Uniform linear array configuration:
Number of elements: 32
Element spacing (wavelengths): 0.75
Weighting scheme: hamming
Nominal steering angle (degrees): -30
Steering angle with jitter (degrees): -29.378
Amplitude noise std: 0.05
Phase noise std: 0.05

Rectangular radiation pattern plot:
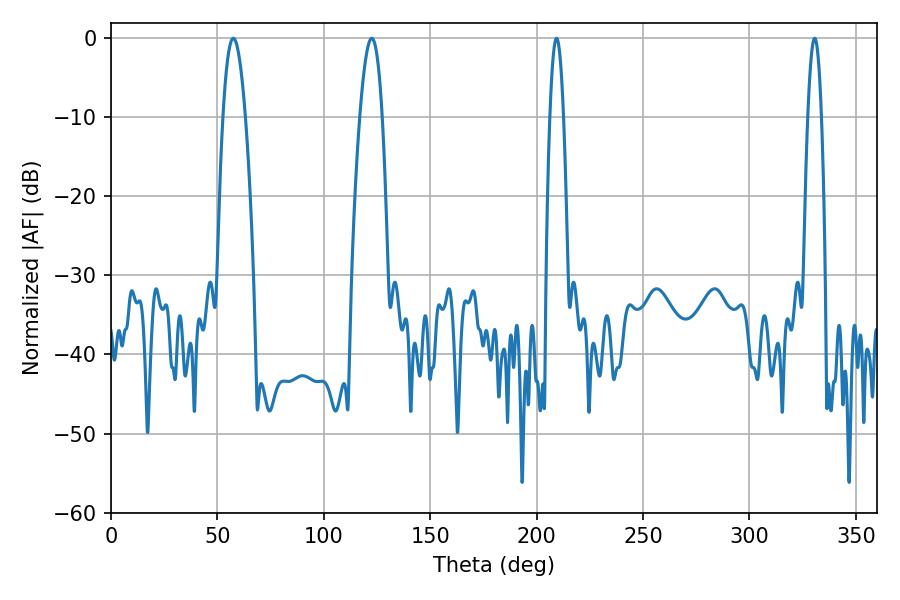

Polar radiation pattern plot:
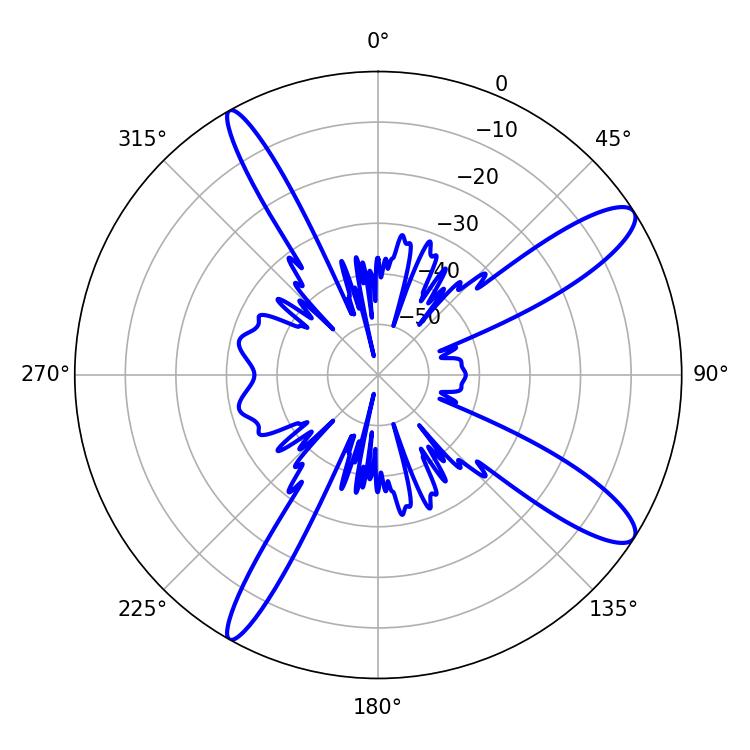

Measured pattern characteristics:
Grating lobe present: TRUE
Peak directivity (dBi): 12.275
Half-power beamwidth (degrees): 3.42
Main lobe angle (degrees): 209.34